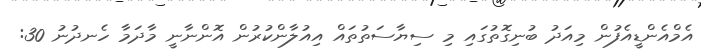
އެމްއެންޑީއެފުން މިއަދު ބުނިގޮތުގައި މި ސިޔާސަތުތައް އިއުލާންކުރުން އޮންނާނީ މާދަމާ ހެނދުނު 30: